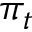
\pi _ { t }